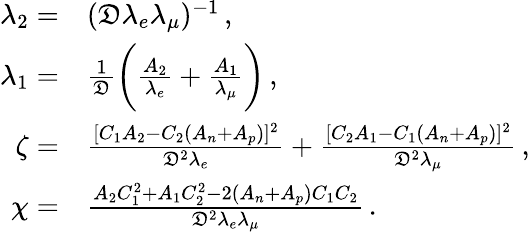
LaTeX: \begin{array}{rl}{\lambda_{2}=}&{(\mathfrak{D}\lambda_{e}\lambda_{\mu})^{-1}\, ,}\\ {\lambda_{1}=}&{\frac{1}{\mathfrak{D}}\bigg(\frac{A_{2}}{\lambda_{e}}+\frac{A_{1}}{\lambda_{\mu}}\bigg)\, ,}\\ {\zeta=}&{\frac{[C_{1}A_{2}-C_{2}(A_{n}+A_{p})]^{2}}{\mathfrak{D}^{2}\lambda_{e}}+\frac{[C_{2}A_{1}-C_{1}(A_{n}+A_{p})]^{2}}{\mathfrak{D}^{2}\lambda_{\mu}}\, ,}\\ {\chi=}&{\frac{A_{2}C_{1}^{2}+A_{1}C_{2}^{2}-2(A_{n}+A_{p})C_{1}C_{2}}{\mathfrak{D}^{2}\lambda_{e}\lambda_{\mu}}\, .}\end{array}